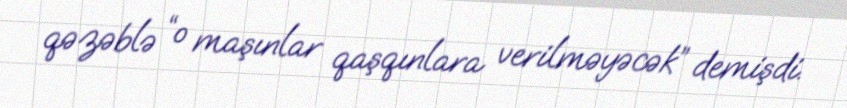
qəzəblə “o maşınlar qaşqınlara verilməyəcək” demişdi.